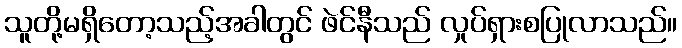
သူတို့မရှိတော့သည့်အခါတွင် ဖဲင်နီသည် လှုပ်ရှားစပြုလာသည်။